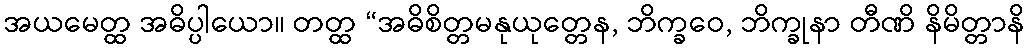
အယမေတ္ထ အဓိပ္ပါယော။ တတ္ထ “အဓိစိတ္တမနုယုတ္တေန, ဘိက္ခဝေ, ဘိက္ခုနာ တီဏိ နိမိတ္တာနိ